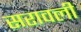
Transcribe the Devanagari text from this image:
सरावली